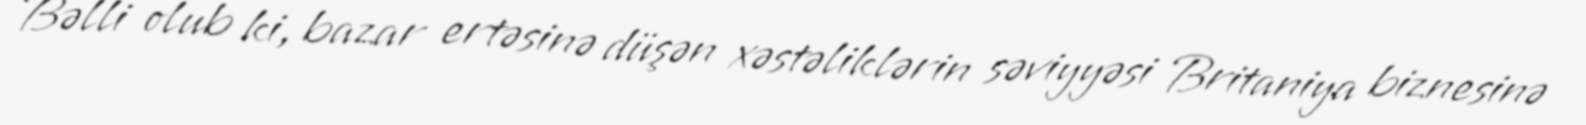
Bəlli olub ki, bazar ertəsinə düşən xəstəliklərin səviyyəsi Britaniya biznesinə